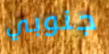
جنوبي